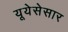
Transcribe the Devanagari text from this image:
यूयेसेसार